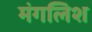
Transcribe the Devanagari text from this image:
मंगलिश